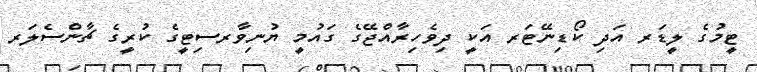
ޓީމުގެ ލީޑަރ އަދި ކޯޑިނޭޓަރ އަކީ ދިވެހިރާއްޖޭގެ ގައުމީ ޔުނިވާރސިޓީގެ ކުރީގެ ޗާންސެލަރ